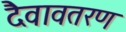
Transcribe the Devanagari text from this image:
दैवावतरण